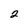
Character: 2